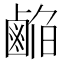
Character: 𱊹